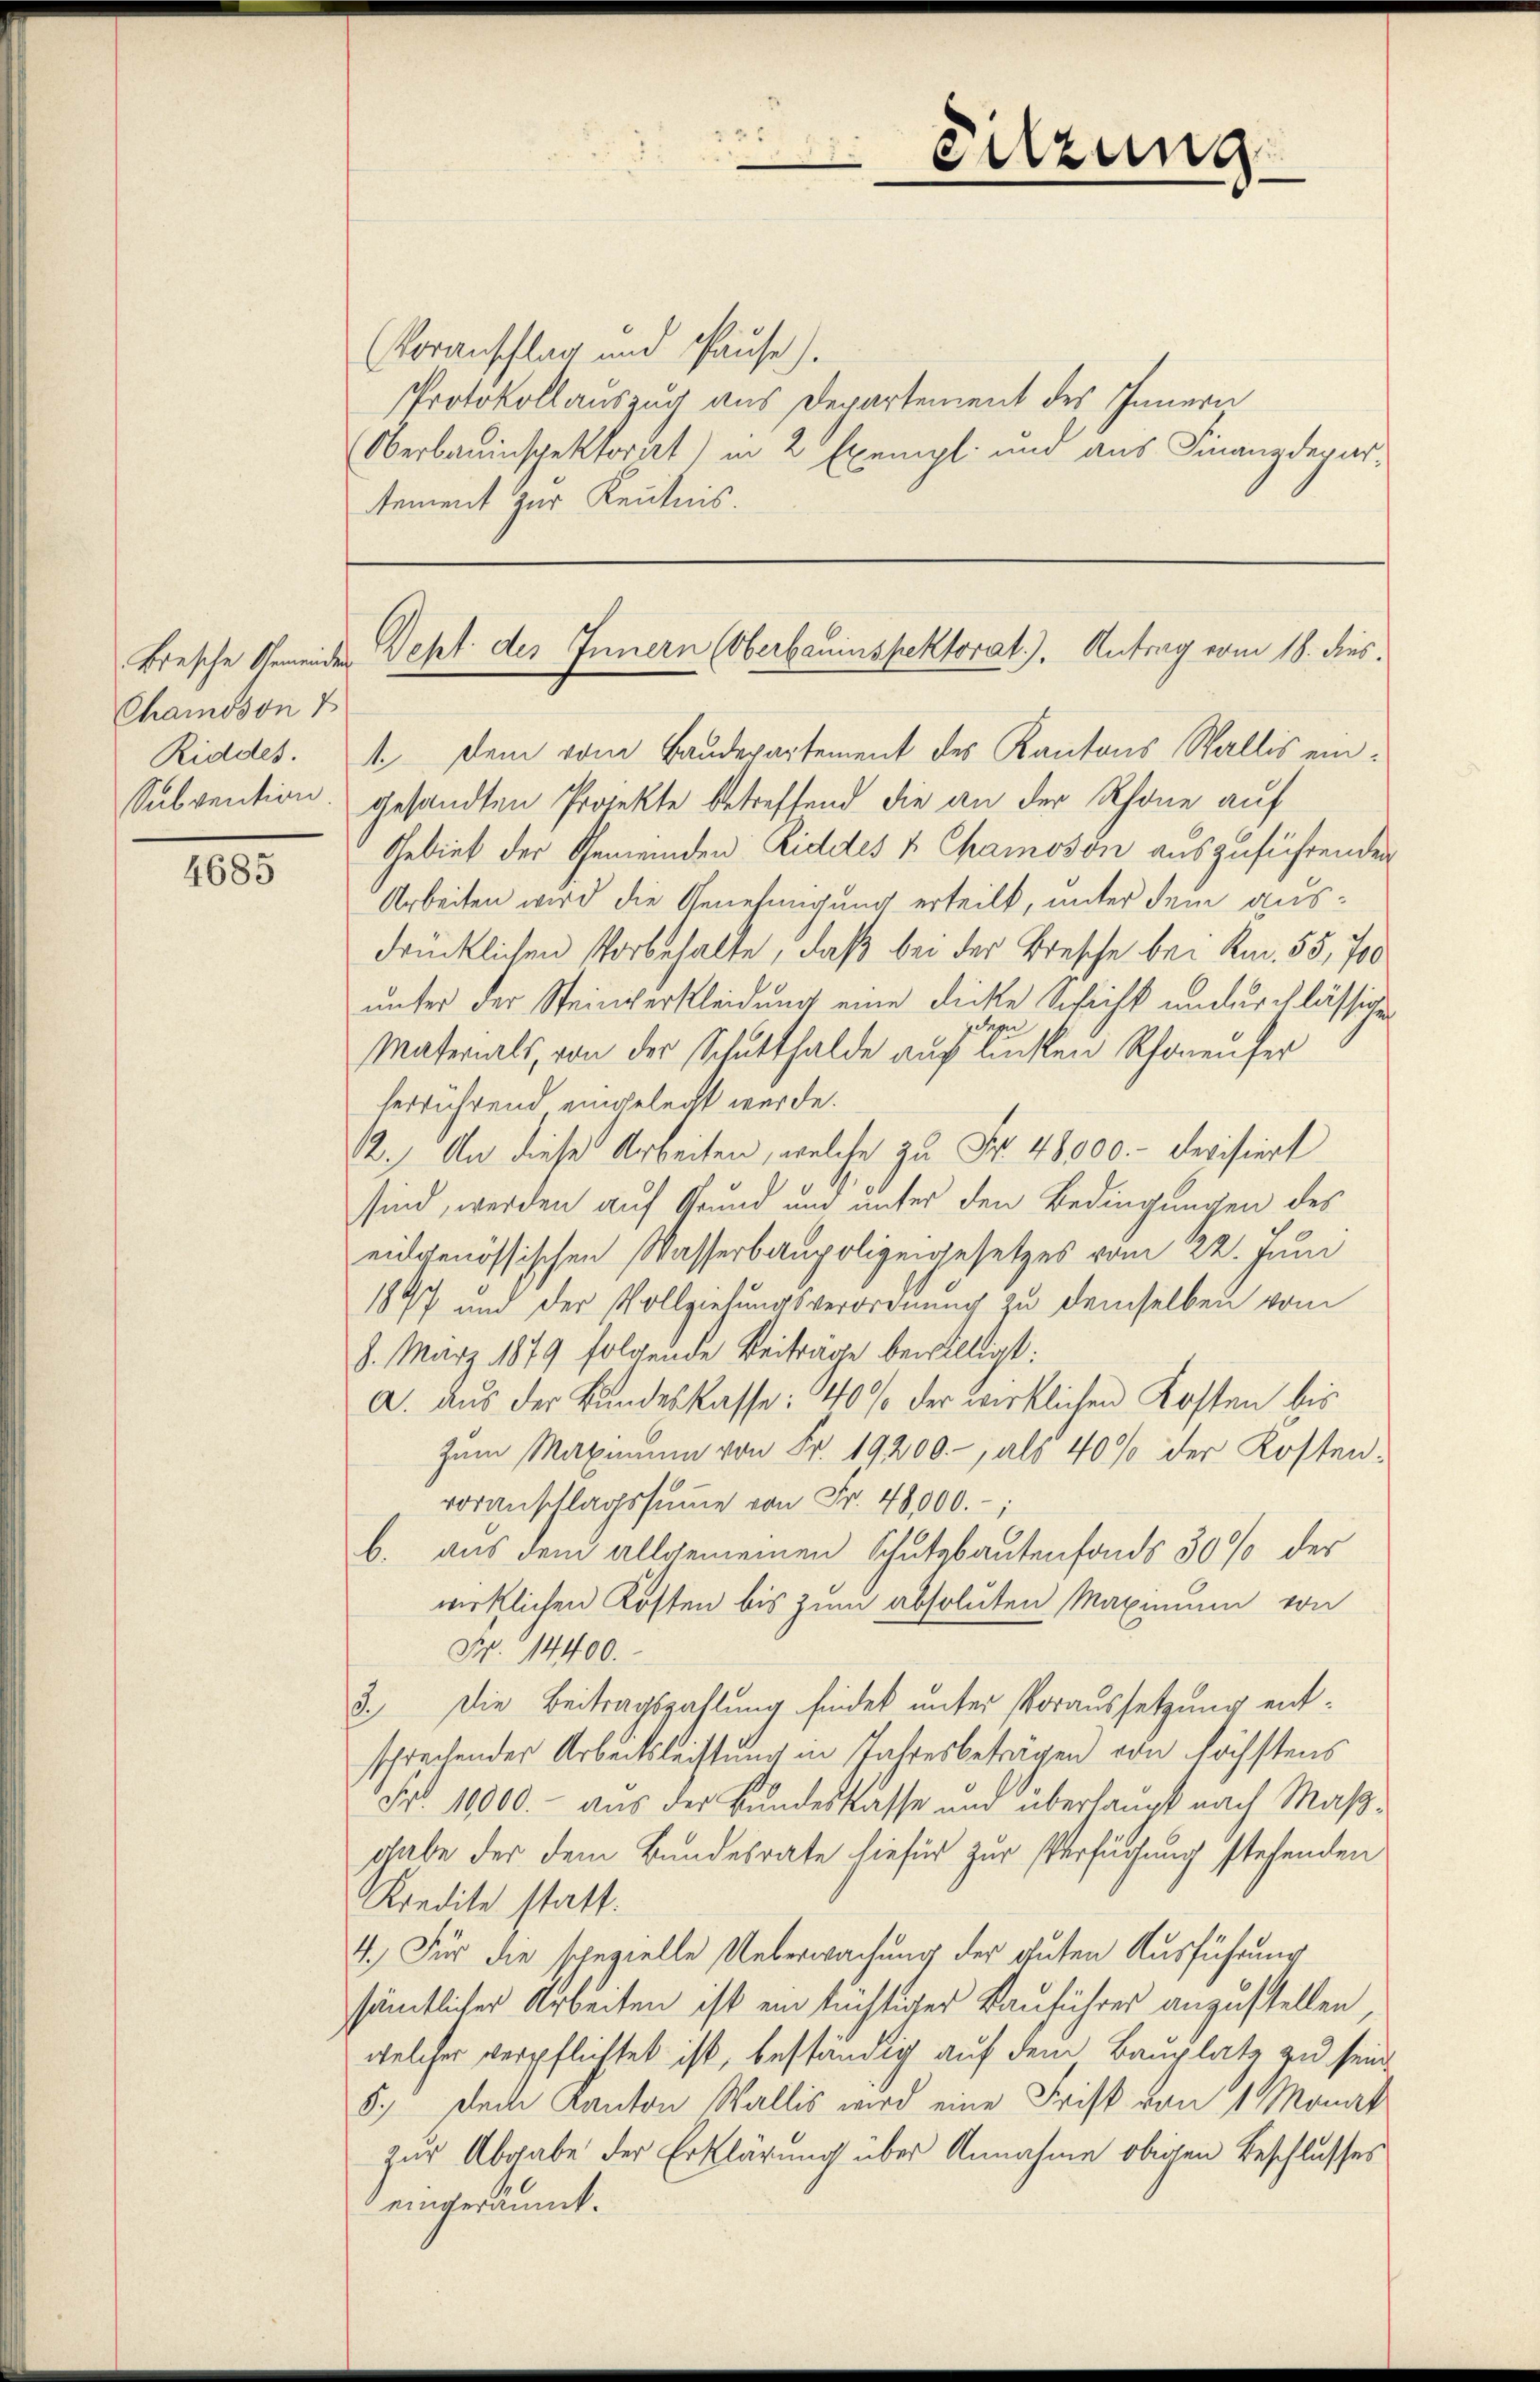
Chamoson 7
Riddes.

4685

eitzung

Voranschlag und Hause).
PProtokollauszug aus Departement des Innern
Oberbauinspektorist) in 2 Exempl. und aus Finanzdepartement zur Kenntnis.

Brasche Gemeinder Dept des Innern (Oberbauinspektorat). Antrag vom 18. dies

1. Dem vom Baudepartement des Kantons Wallis ein¬
Subvention gesandten Projekte betreffend die an der Rhone auf
Gebiet der Gemeinden Riddes u. Chamoson auszuführenden
Arbeiten wird die Genehmigung erteilt, unter dem ausdrücklichen Vorbehalte, daß bei der Bresche bei Kan. 55, 700
unter der Steinverkleidung eine dicke Schicht undurchlässigen
dern
Materials, von der Schutthalde auf linken Rhoneuher
herrührend eingelegt werde.
12. An dieses Arbeiten, welche zu Fr. 48000.- Devisiert
sind, werden auf Grund und unter den Bedingungen des
eidgenössischen Wasserbaupolizeigesetzes vom 22. Juni
1877 und der Vollziehungsverordnung zu demselben vom
8. März 1879 folgende Beiträge bewilligt:
a. aus der Bundeskasse: 40% der wirklichen Kosten bis
Zum Maximum von Fr. 19200.-, als 40% der Kostenvoranschlagssŭṁe von Fr. 48000.-,
b. aus dem allgemeinen Schutzbautenfonds 30% der
wirklichen Kosten bis zum absoluten Maximum von
Nr. 14400.
3.) Die Beitragszahlung findet unter Voraussetzung entsprechender Arbeitsleistung in Jahresbeträgen von höchstens
Fr. 10000.- aus der Bundeskasse und überhaupt nach Maßgabe der dem Bundesrate hiefür zur Verfügung stehenden
Kredite statt.
4.) Für die spezielle Ueberwachung der guten Ausführung
sämtlicher Arbeiten ist ein tüchtiger Bauführer anzustellen,
welcher verpflichtet ist, beständig auf dem Bauplatz zu sein
5.) Dem Kanton Wallis wird eine Frist von 1 Monat
zur Abgabe der Erklärung über Annahme obigen Beschlusses
eingeräumt.